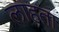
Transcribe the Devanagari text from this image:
लाहता